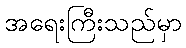
အရေးကြီးသည်မှာ